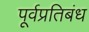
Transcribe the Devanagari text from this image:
पूर्वप्रतिबंध